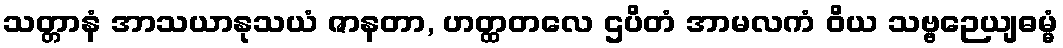
သတ္တာနံ အာသယာနုသယံ ဇာနတာ, ဟတ္ထတလေ ဌပိတံ အာမလကံ ဝိယ သဗ္ဗဉေယျဓမ္မံ